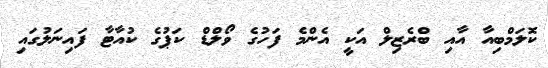
ކޮލަމްބިއާ އާއި ބްރެޒިލް އަކީ އެންމެ ފަހުގެ ވޯލްޑް ކަޕުގެ ކުއާޓާ ފައިނަލުގައި